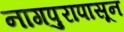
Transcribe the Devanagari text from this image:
नागपुरापासून